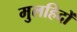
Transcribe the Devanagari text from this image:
मुलहिदों